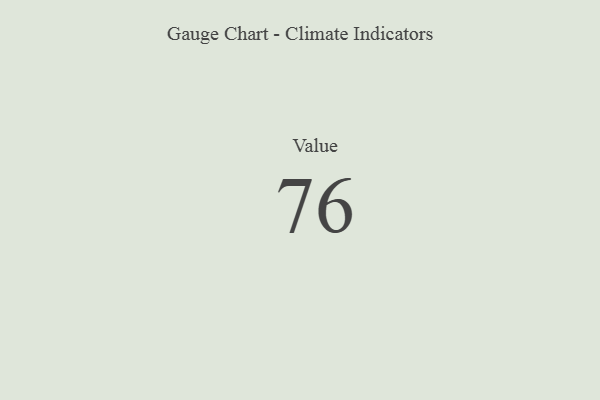
{"axis": {"x": "Metric", "y": "Value"}, "legend": [""], "data": [{"x": "Value", "y": 76, "type": ""}]}